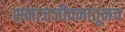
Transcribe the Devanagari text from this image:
समाजजीवनातूनच